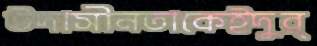
উদাসীনতাকেইদুর্